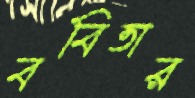
ববিতার